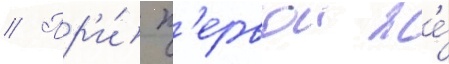
// Пр'и́ п'ервои же́